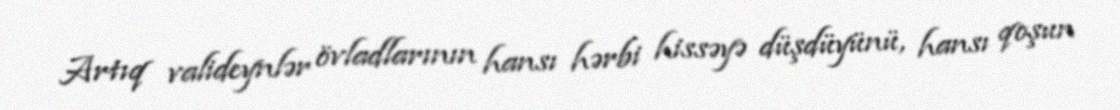
Artıq valideynlər övladlarının hansı hərbi hissəyə düşdüyünü, hansı qoşun